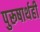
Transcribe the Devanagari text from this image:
पुरूषार्थही